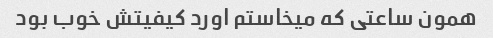
همون ساعتی که میخاستم اورد کیفیتش خوب بود